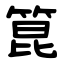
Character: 箟